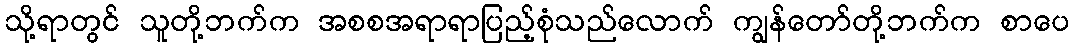
သို့ရာတွင် သူတို့ဘက်က အစစအရာရာပြည့်စုံသည်လောက် ကျွန်တော်တို့ဘက်က စာပေ